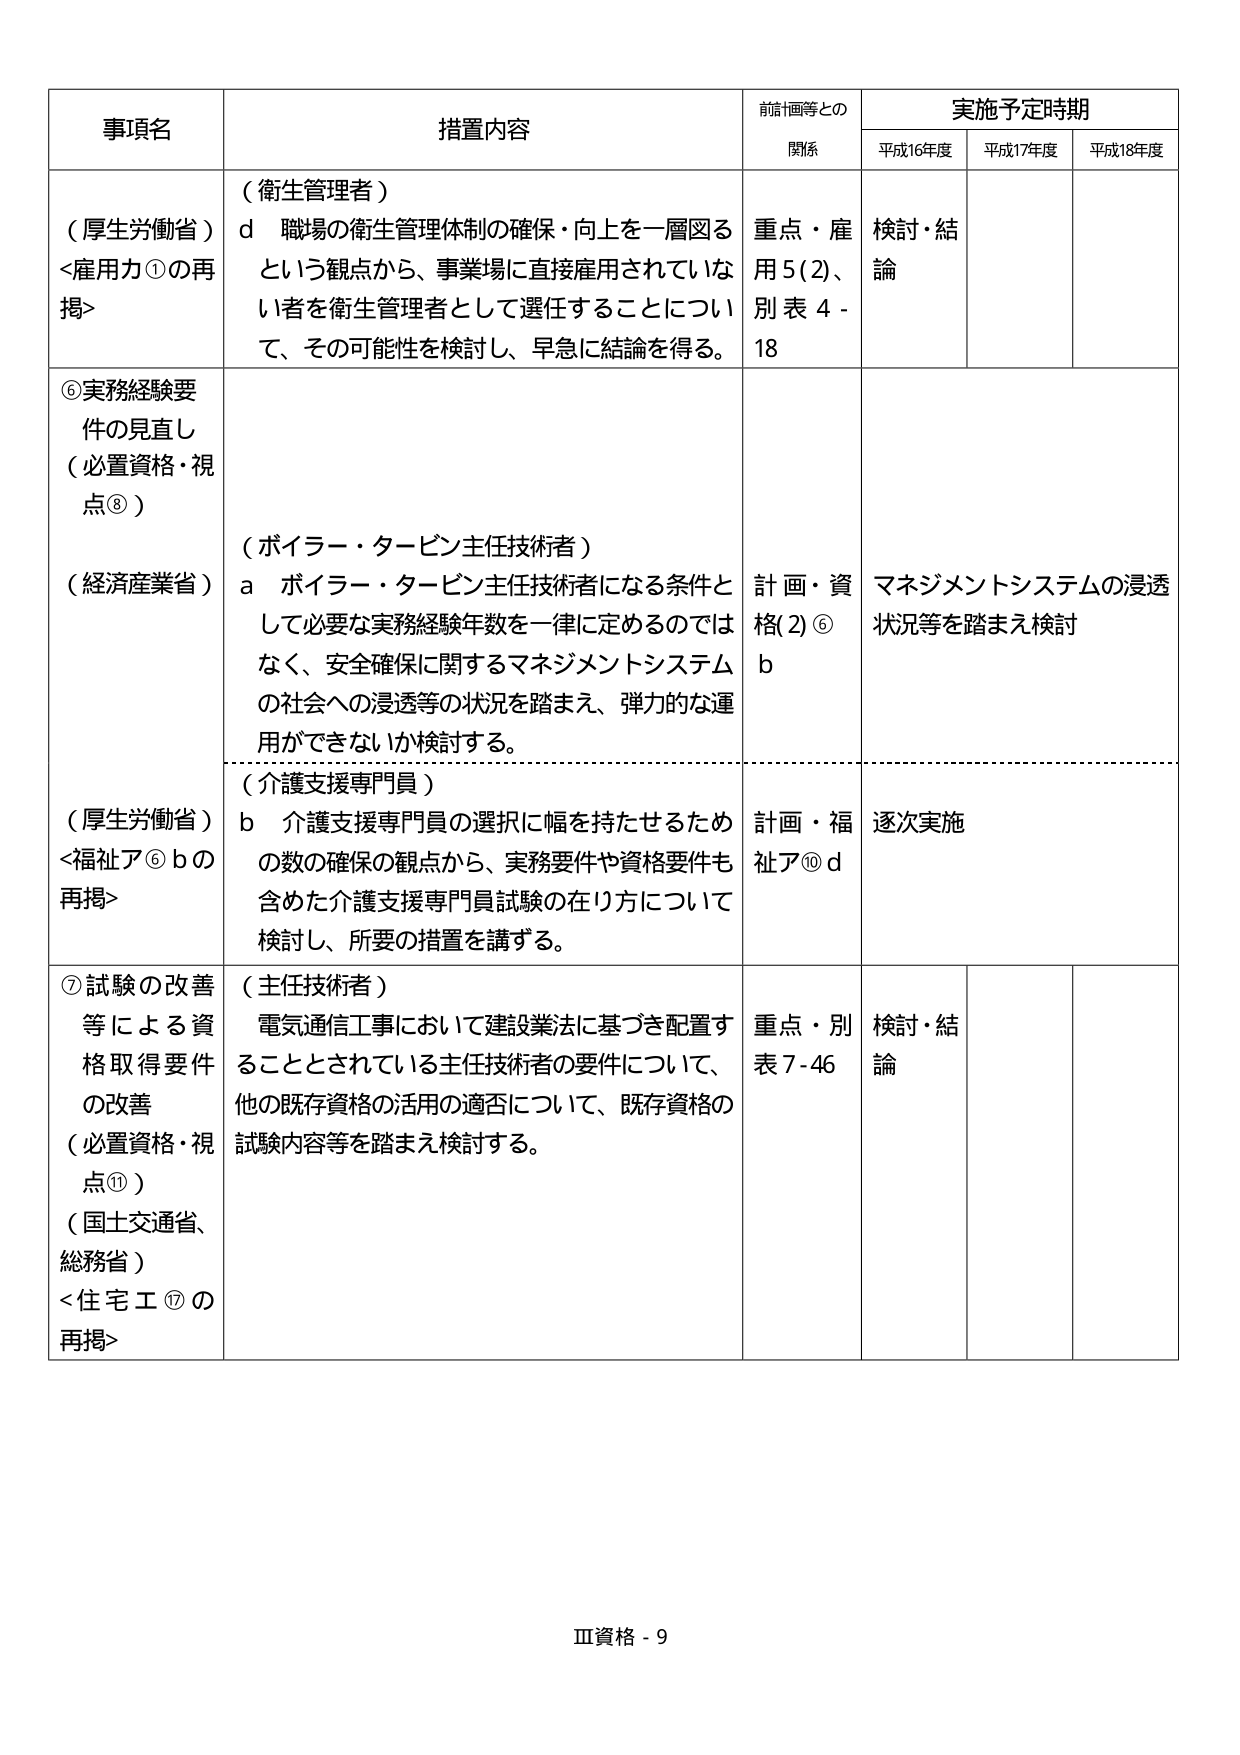
事項名
措置内容
前諸計画等との
関係
実施予定時期
平成16年度
平成17年度
平成18年度
（厚生労働省）
<雇用力①の再掲>
（衛生管理者）
d 職場の衛生管理体制の確保・向上を一層図るという観点から、事業場に直接雇用されていない者を衛生管理者として選任することについて、その可能性を検討し、早急に結論を得る。
重点・雇用5(2)、別表4-18
検討・結論
⑥実務経験要件の見直し（必置資格・視点⑧）
（経済産業省）
（ボイラー・タービン主任技術者）
a ボイラー・タービン主任技術者になる条件として必要な実務経験年数を一律に定めるのではなく、安全確保に関するマネジメントシステムの社会への浸透等の状況を踏まえ、弾力的な運用ができないか検討する。
計画・資格(2)⑥b
マネジメントシステムの浸透状況等を踏まえ検討
（厚生労働省）
<福祉ア⑥bの再掲>
（介護支援専門員）
b 介護支援専門員の選択に幅を持たせるための数の確保の観点から、実務要件や資格要件も含めた介護支援専門員試験の在り方について検討し、所要の措置を講ずる。
計画・福祉ア⑩d
逐次実施
⑦試験の改善等による資格取得要件の改善（必置資格・視点⑪）
（国土交通省、総務省）
<住宅工⑰の再掲>
（主任技術者）
電気通信工事において建設業法に基づき配置することとされている主任技術者の要件について、他の既存資格の活用の適否について、既存資格の試験内容等を踏まえ検討する。
重点・別表7-46
検討・結論
Ⅲ資格 - 9